Regulations for the medical services of the Army of India
Year: 1930
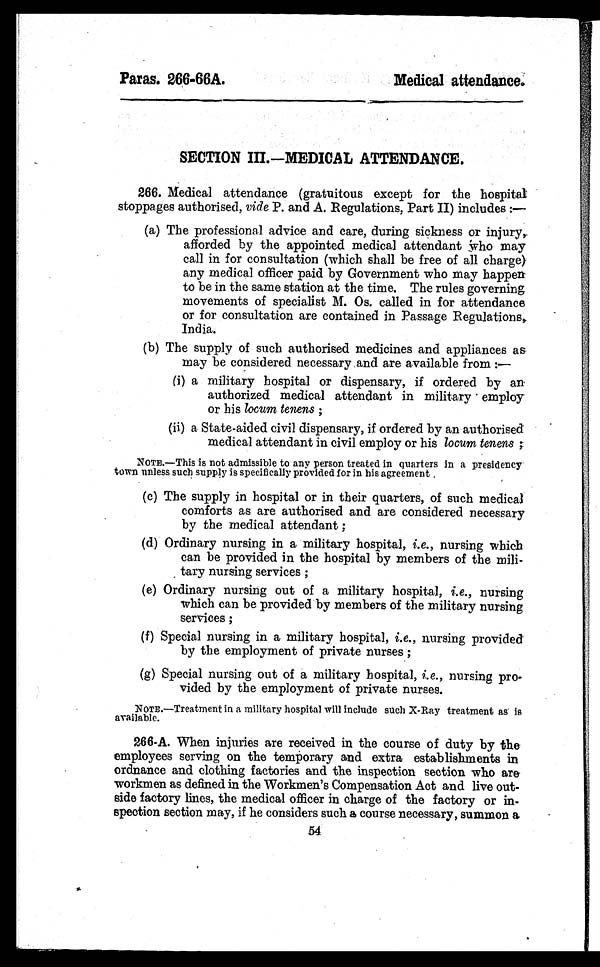
Paras. 266-66A.
Medical attendance.
SECTION III.—MEDICAL ATTENDANCE.
266. Medical attendance (gratuitous except for the hospital
stoppages authorised, vide P. and A. Regulations, Part II) includes :
—
(a) The professional advice and care, during sickness or injury,
afforded by the appointed medical attendant who may
call in for consultation (which shall be free of all charge)
any medical officer paid by Government who may happen
to be in the same station at the time. The rules governing
movements of specialist M. Os. called in for attendance
or for consultation are contained in Passage Regulations,
India.
(b) The supply of such authorised medicines and appliances as
may be considered necessary and are available from :—
(i) a military hospital or dispensary, if ordered by an
authorized medical attendant in military employ
or his locum tenens ;
(ii) a State-aided civil dispensary, if ordered by an authorised
medical attendant in civil employ or his locum tenens ;
NOTE.—This is not admissible to any person treated in quarters in a presidency
town unless such supply is specifically provided for in his agreement .
(c) The supply in hospital or in their quarters, of such medical
comforts as are authorised and are considered necessary
by the medical attendant ;
(d) Ordinary nursing in a military hospital, i.e. , nursing which
can be provided in the hospital by members of the mil
i - t a r y n u r s i n g s e r v i c e s ;
(e) Ordinary nursing out of a military hospital, i.e., nursing
which can be provided by members of the military nursing
services ;
(f) Special nursing in a military hospital, i.e., nursing provided
by the employment of private nurses ;
(g) Special nursing out of a military hospital, i.e., nursing pro-
vided by the employment of private nurses.
NOTE.—Treatment in a military hospital will include such X-Ray treatment as is
available.
266-A. When injuries are received in the course of duty by the
employees serving on the temporary and extra establishments in
ordnance and clothing factories and the inspection section who are
workmen as defined in the Workmen's Compensation Act and live out-
side factory lines, the medical officer in charge of the factory or in-
spection section may, if he considers such a course necessary, summon a
54